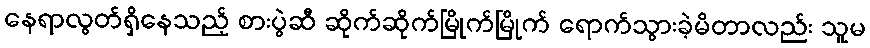
နေရာလွတ်ရှိနေသည့် စားပွဲဆီ ဆိုက်ဆိုက်မြိုက်မြိုက် ရောက်သွားခဲ့မိတာလည်း သူမ